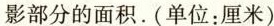
阴影部分的面积。(单位：厘米)